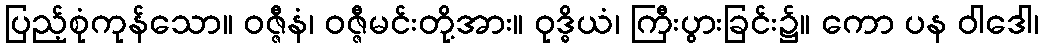
ပြည့်စုံကုန်သော။ ဝဇ္ဇီနံ၊ ဝဇ္ဇီမင်းတို့အား။ ဝုဒ္ဓိယံ၊ ကြီးပွားခြင်း၌။ ကော ပန ဝါဒေါ၊